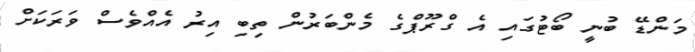
މަންޑޭ ބުނީ ބޯޓުގައި އެ ގްރޫޕްގެ މެންބަރުން ތިބި އިރު އެއްވެސް ވަރަކަށް